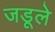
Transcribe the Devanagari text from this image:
जडूले